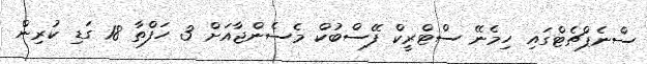
ސްނެޕްޗެޓްގައި ހިމެނޭ ސްޓްރީކް ފޭސްބުކް މެސެންޖާއަށް 3 ހަފްތާ 18 ގަޑި ކުރިން